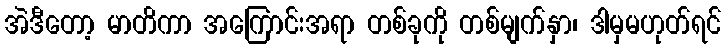
အဲဒီတော့ မာတိကာ အကြောင်းအရာ တစ်ခုကို တစ်မျက်နှာ၊ ဒါမှမဟုတ်ရင်